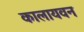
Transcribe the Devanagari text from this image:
कालायवन